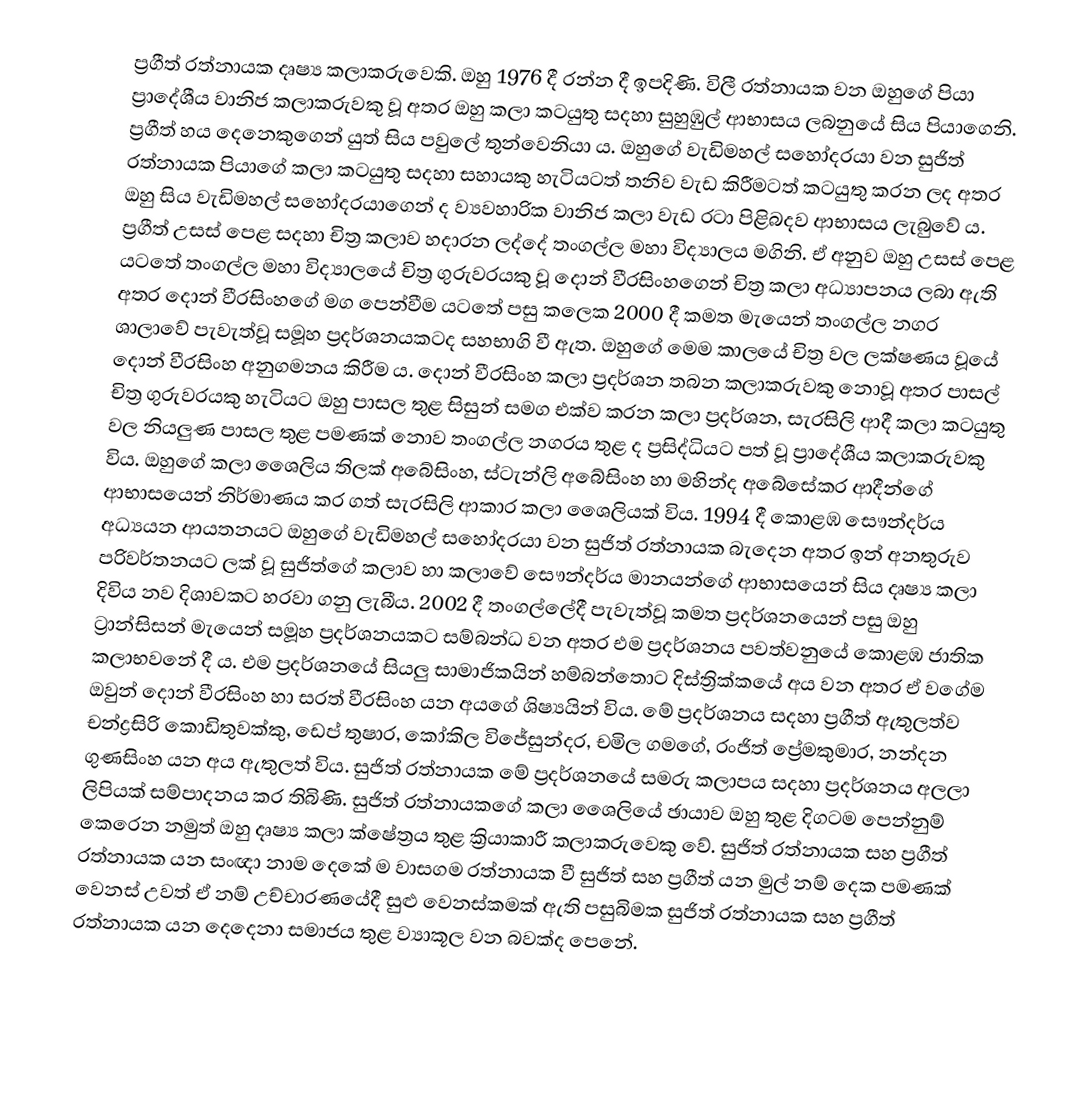
ප්‍රගීත් රත්නායක දෘෂ්‍ය කලාකරුවෙකි. ඔහු 1976 දී රන්න දී ඉපදිණි. විලී රත්නායක වන ඔහුගේ පියා ප්‍රාදේශීය වානිජ කලාකරුවකු වූ අතර ඔහු කලා කටයුතු සදහා සුහුඹුල් ආභාසය ලබනුයේ සිය පියාගෙනි. ප්‍රගීත් හය දෙනෙකුගෙන් යුත් සිය පවුලේ තුන්වෙනියා ය. ඔහුගේ වැඩිමහල් සහෝදරයා වන සුජිත් රත්නායක පියාගේ කලා කටයුතු සදහා සහායකු හැටියටත් තනිව වැඩ කිරීමටත් කටයුතු කරන ලද අතර ඔහු සිය වැඩිමහල් සහෝදරයාගෙන් ද ව්‍යවහාරික වානිජ කලා වැඩ රටා පිළිබදව  ආභාසය ලැබුවේ ය. ප්‍රගීත් උසස් පෙළ සදහා චිත්‍ර කලාව හදාරන ලද්දේ තංගල්ල මහා විද්‍යාලය මගිනි.  ඒ අනුව ඔහු උසස් පෙළ යටතේ තංගල්ල මහා විද්‍යාලයේ චිත්‍ර ගුරුවරයකු වූ දොන් වීරසිංහගෙන් චිත්‍ර කලා අධ්‍යාපනය ලබා ඇති අතර දොන් වීරසිංහගේ මග පෙන්වීම යටතේ පසු කලෙක 2000 දී කමත මැයෙන් තංගල්ල නගර ශාලාවේ පැවැත්වූ සමූහ ප්‍රදර්ශනයකටද සහභාගි වී ඇත. ඔහුගේ මෙම කාලයේ චිත්‍ර වල ලක්ෂණය වූයේ දොන් වීරසිංහ අනුගමනය කිරීම ය. දොන් වීරසිංහ කලා ප්‍රදර්ශන තබන කලාකරුවකු නොවූ අතර පාසල් චිත්‍ර ගුරුවරයකු හැටියට ඔහු පාසල තුළ සිසුන් සමග එක්ව කරන කලා ප්‍රදර්ශන, සැරසිලි ආදී කලා කටයුතු වල නියලුණ පාසල තුළ පමණක් නොව තංගල්ල නගරය තුළ ද ප්‍රසිද්ධියට පත් වූ ප්‍රාදේශීය කලාකරුවකු විය. ඔහුගේ කලා ශෛලිය තිලක් අබේසිංහ, ස්ටැන්ලි අබේසිංහ හා මහින්ද අබේසේකර ආදීන්ගේ ආභාසයෙන් නිර්මාණය කර ගත් සැරසිලි ආකාර කලා ශෛලියක් විය. 1994 දී කොළඹ සෞන්දර්ය අධ්‍යයන ආයතනයට  ඔහුගේ  වැඩිමහල් සහෝදරයා  වන සුජිත් රත්නායක බැදෙන අතර ඉන් අනතුරුව පරිවර්තනයට ලක් වූ සුජිත්ගේ කලාව හා කලාවේ සෞන්දර්ය මානයන්ගේ   ආභාසයෙන්  සිය දෘෂ්‍ය කලා දිවිය නව දිශාවකට හරවා ගනු ලැබීය.  2002 දී තංගල්ලේදී පැවැත්වූ කමත ප්‍රදර්ශනයෙන් පසු ඔහු ට්‍රාන්සිසන් මැයෙන් සමූහ ප්‍රදර්ශනයකට සම්බන්ධ වන අතර එම ප්‍රදර්ශනය පවත්වනුයේ කොළඹ ජාතික කලාභවනේ දී ය. එම ප්‍රදර්ශනයේ සියලු සාමාජිකයින් හම්බන්තොට දිස්ත්‍රික්කයේ අය වන අතර ඒ වගේම ඔවුන් දොන් වීරසිංහ හා සරත් වීරසිංහ යන අයගේ ශිෂ්‍යයින් විය. මේ ප්‍රදර්ශනය සදහා ප්‍රගීත් ඇතුලත්ව චන්ද්‍රසිරි කොඩිතුවක්කු, ඩෙප් තුෂාර, කෝකිල විජේසුන්දර, චමිල ගමගේ, රංජිත් ප්‍රේමකුමාර, නන්දන ගුණසිංහ යන අය ඇතුලත් විය.  සුජිත් රත්නායක මේ ප්‍රදර්ශනයේ සමරු කලාපය සදහා ප්‍රදර්ශනය අලලා ලිපියක් සම්පාදනය කර තිබිණි. සුජිත් රත්නායකගේ කලා ශෛලියේ ඡායාව ඔහු තුළ   දිගටම පෙන්නුම් කෙරෙන නමුත් ඔහු දෘෂ්‍ය කලා ක්ෂේත්‍රය තුළ ක්‍රියාකාරී කලාකරුවෙකු වේ. සුජිත් රත්නායක සහ ප්‍රගීත් රත්නායක යන සංඥා නාම දෙකේ ම  වාසගම රත්නායක  වී සුජිත් සහ ප්‍රගීත් යන මුල් නම් දෙක පමණක් වෙනස් උවත් ඒ නම් උච්චාරණයේදී සුළු වෙනස්කමක් ඇති පසුබිමක සුජිත් රත්නායක සහ ප්‍රගීත් රත්නායක යන දෙදෙනා සමාජය තුළ ව්‍යාකූල වන බවක්ද පෙනේ.